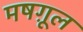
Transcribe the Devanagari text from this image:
मषग़ूल